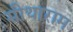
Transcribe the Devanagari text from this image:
सीथाराम